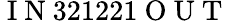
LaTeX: \mathrm{~I~N~}321221\mathrm{~O~U~T~}